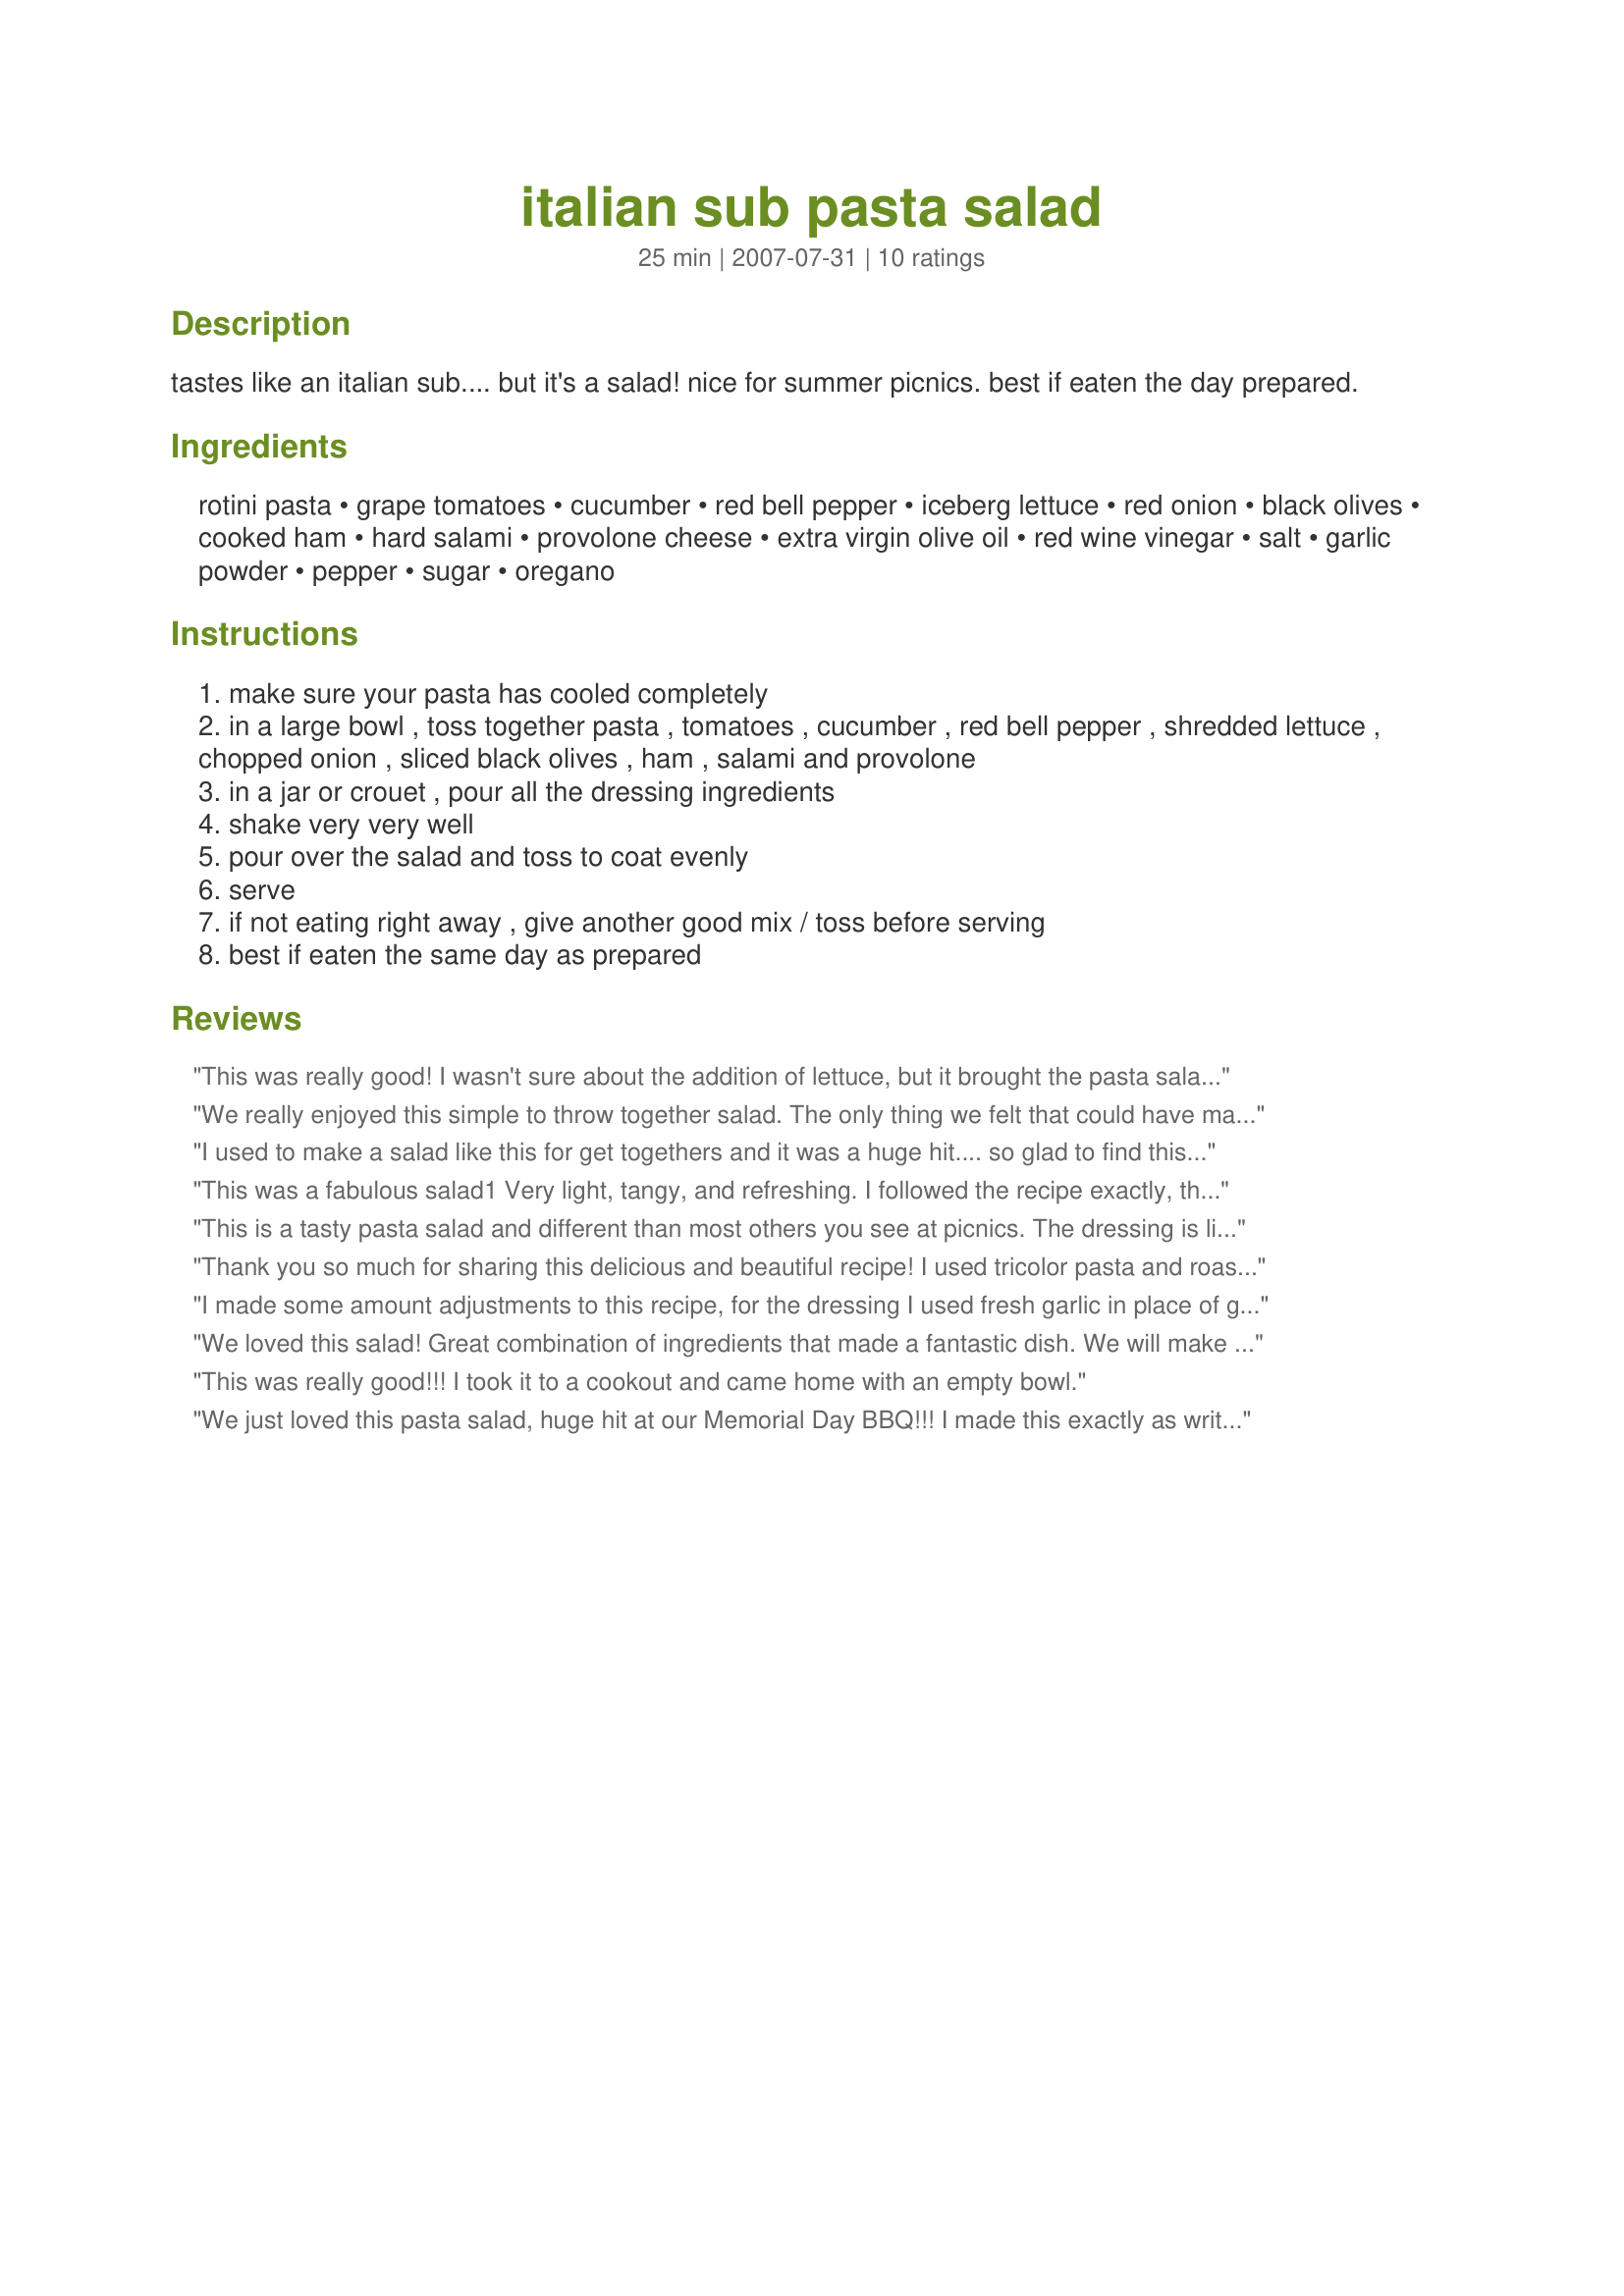
italian sub pasta salad
Preparation time: 25 minutes

tastes like an italian sub.... but it's a salad! nice for summer picnics. best if eaten the day prepared.

Ingredients:
rotini pasta, grape tomatoes, cucumber, red bell pepper, iceberg lettuce, red onion, black olives, cooked ham, hard salami, provolone cheese, extra virgin olive oil, red wine vinegar, salt, garlic powder, pepper, sugar, oregano

Steps:
make sure your pasta has cooled completely
in a large bowl , toss together pasta , tomatoes , cucumber , red bell pepper , shredded lettuce , chopped onion , sliced black olives , ham , salami and provolone
in a jar or crouet , pour all the dressing ingredients
shake very very well
pour over the salad and toss to coat evenly
serve
if not eating right away , give another good mix / toss before serving
best if eaten the same day as prepared

Reviews:
This was really good! I wasn't sure about the addition of lettuce, but it brought the pasta salad to a whole new level. I made the salad the night before, but did not add the lettuce until right before serving. This was great...nice change from your usual pasta salad. A definite do over!
We really enjoyed this simple to throw together salad. The only thing we felt that could have made it even better was a little more punch. LIke maybe some stronger seasoning, or some pepperoncinis. We used wheat pasta, and I think that was part of it though. But gotta try to be healthy some of the time I guess lol. It could also only be better with the addition of some fresh grated parmesan on top, or maybe some crumbled proscuitto. The sky is the limit. We also subbed out green pepper for the cucumber since my Dh hates them. Thanks for a great recipe, and one I can definitely see us making for potlucks!
I used to make a salad like this for get togethers and it was a huge hit.... so glad to find this one!
This was a fabulous salad1 Very light, tangy, and refreshing. I followed the recipe exactly, then put half of it into another bowl, and poured part of the dressing over the amount we were planning to eat right then. It worked perfectly! Thanks so much for posting, Parsley!
This is a tasty pasta salad and different than most others you see at picnics. The dressing is light but slightly tangy. I took this to a family get-together this weekend and everyone raved about it. It does taste just like an Italian sub and I will definitely be making this again.
Thank you so much for sharing this delicious and beautiful recipe! I used tricolor pasta and roasted red peppers. I know I will be making this often. The dressing is so flavorful, yet not heavy. I love Kitten's suggestion of adding a little basil, I will try that next time. Made for ZWT4
I made some amount adjustments to this recipe, for the dressing I used fresh garlic in place of garlic powder, I increased the oregano and added in 1 teaspoon dried basil, I started with 1/4 cup wine vinegar and I did not add in more as that amount was enough for our tastes, I also did some amount adjustments with the salad ingredients, this salad only improves with chilling time, thanks for sharing Parsley we enjoyed this!...Kitten")
We loved this salad! Great combination of ingredients that made a fantastic dish. We will make this again and again throughout the warmer months, as it is so refreshing and goes with many dishes. Loved this one Parsley!
This was really good!!! I took it to a cookout and came home with an empty bowl.
We just loved this pasta salad, huge hit at our Memorial Day BBQ!!! I made this exactly as written, except I omitted the lettuce and served the black olives on the side, for those of us who like them. The dressing is so good, exactly what I wanted for flavor and tang!!! Thanks so much for sharing your recipe, this will be made again and again. Made for ZWT 7.
